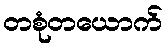
တစုံတယောက်